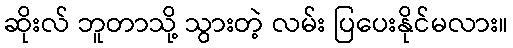
ဆိုးလ် ဘူတာသို့ သွားတဲ့ လမ်း ပြပေးနိုင်မလား။